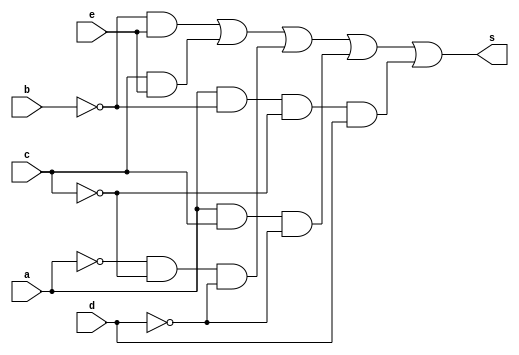
//---------------------------
//Nome: Caio Ragacci Pimentel
//Matrcula: 405794
//---------------------------

//--------------------------
// ------- Guia08-03--------
//--------------------------


module ex3(s, a, b, c, d,e);

	output s;
	input a, b, c, d, e;
	wire n1, n2, n3, n4, c1, c2, c3, c4, c5;
	not NOT1(n1, a);
	not NOT2(n2, b);
	not NOT3(n3, c);
	not NOT4(n4, d);
	and AND1(c1, n2, e);
	and AND2(c2, c, e);
	and AND3(c3, n1, n3, n4);
	and AND4(c4, a, c, n4);
	and AND5(c5, a, n2, n3, d);
	or OR1(s, c1, c2, c3, c4, c5);
endmodule //fim ex3

module testeex3();
	
	reg a, b, c, d,e;
	wire s;
	integer numero, i, j, k, l,m;
	
	ex3 EX3(s, a, b, c, d,e);

	initial begin
		a = 0;
		b = 0;
		c = 0;
		d = 0;
		e = 0;
		numero = -1;
	end
	
	initial begin
		$display("Guia08-03 - Caio Ragacci Pimentel - 405794 \n");

		#1 $display("   a b c d e Out");
		
		for(i = 0; i < 2; i = i + 1)begin
			a = i;
			for(j = 0; j < 2; j = j + 1)begin
				b = j;
				for(k = 0; k < 2; k = k + 1)begin
					c = k;
					for(l = 0; l < 2; l = l + 1)begin
						d = l;
						for(m = 0; m < 2; m = m + 1)begin
							#1 e = m; numero = numero + 1;
							#1 $display("%2d %b %b %b %b %b  %b", numero, a, b, c, d, e, s);
						end
					end
				end
			end
		end
	end
	
endmodule // fimtesteex3